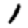
Digit: 1